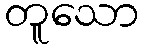
တူသော